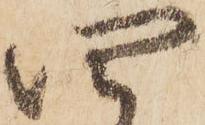
四